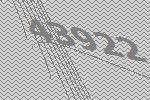
43922